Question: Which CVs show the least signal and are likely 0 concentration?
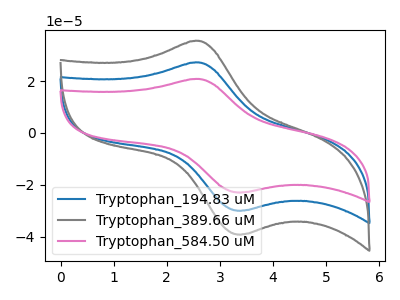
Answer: <think>The blue curve "Tryptophan_194.83 uM" has an anodic peak at (2.60V, 27.20uA) and a cathodic peak at (3.45V, -29.95uA). The gray curve "Tryptophan_389.66 uM" has an anodic peak at (2.60V, 35.55uA) and a cathodic peak at (3.45V, -39.10uA). The pink curve "Tryptophan_584.50 uM" has an anodic peak at (2.60V, 54.40uA) and a cathodic peak at (3.45V, -59.90uA).</think>
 <answer>There are not any CV's on this graph that are likely to be blanks.</answer>
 <eval>none</eval>